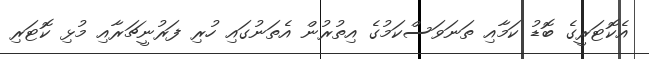
އެކޮޓަރީގެ ބޮޑު ކަމާއި ތަނަވަސްކަމުގެ އިތުރުން އެތަނުގައި ހުރި ފަރުނީޗަރާއި މުޅި ކޮޓަރި